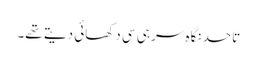
تاحد نگاہ سر ہی سی دکھائی دیتے تھے۔